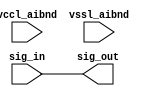
// This program was cloned from: https://github.com/chipsalliance/aib-phy-hardware
// License: Apache License 2.0

// SPDX-License-Identifier: Apache-2.0
// Copyright (C) 2019 Intel Corporation. 
// Library - aibnd_lib, Cell - aibnd_signal_buf, View - schematic
// LAST TIME SAVED: Apr 19 23:59:52 2015
// NETLIST TIME: May 12 17:53:11 2015
// `timescale 1ns / 1ns 

module aibnd_signal_buf ( sig_out, sig_in, vccl_aibnd, vssl_aibnd );

output  sig_out;

input  sig_in, vccl_aibnd, vssl_aibnd;

wire sig_in, sig_out; // Conversion Sript Generated


// specify 
//     specparam CDS_LIBNAME  = "aibnd_lib";
//     specparam CDS_CELLNAME = "aibnd_signal_buf";
//     specparam CDS_VIEWNAME = "schematic";
// endspecify

assign sig_out = sig_in;

endmodule